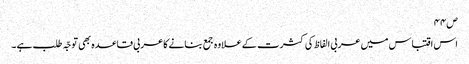
ص۴۴
اس اقتباس میں عربی الفاظ کی کثرت کے علاوہ جمع بنانے کاعربی قاعدہ بھی توجّہ طلب ہے ۔